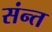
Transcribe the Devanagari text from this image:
संन्त